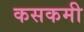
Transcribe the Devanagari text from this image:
कसकमी